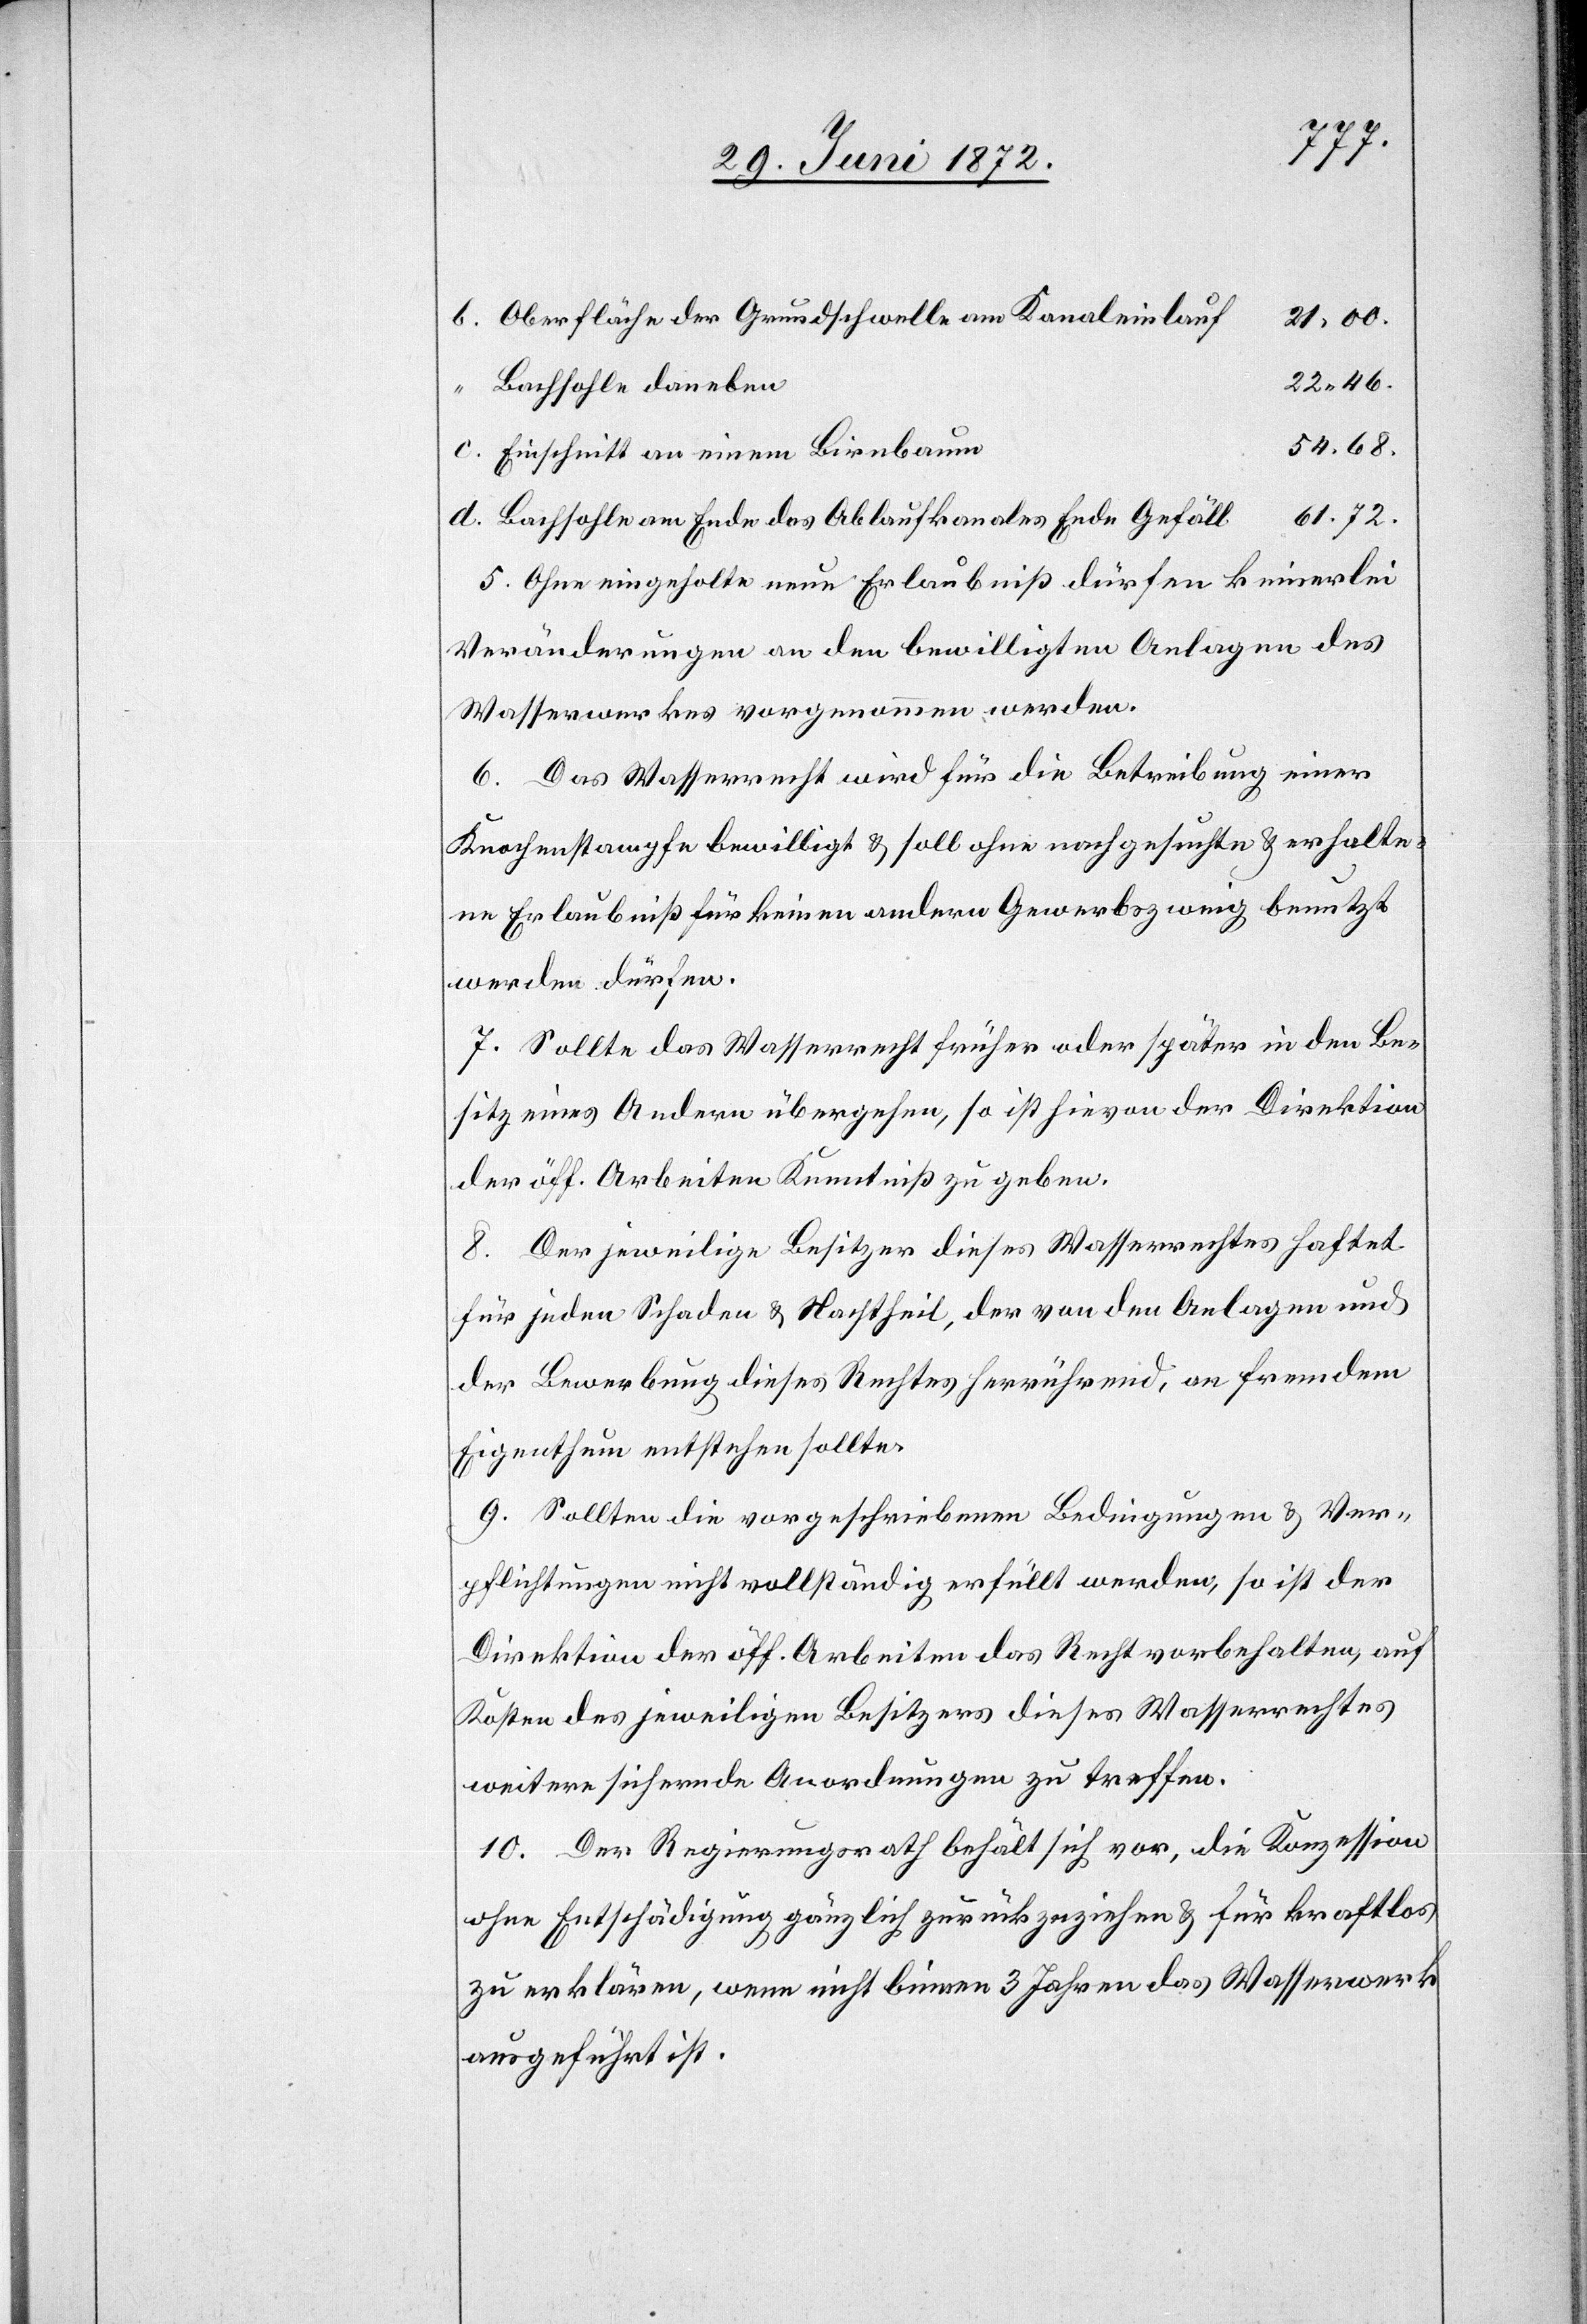
Oberfläche der Grundschwelle am Kanaleinlauf
21.00.
22.46.
Bachsohle daneben
54.68.
Einschnitt an einem Birnbaum
61.72.
Bachsohle am Ende des Ablaufkanales Ende Gefäll
5. Ohne eingeholte neue Erlaubniß dürfen keinerlei
Veränderungen an den bewilligten Anlagen des
Wasserwerkes vorgenommen werden.
6. Das Wasserrecht wird für die Betreibung einer
Knochenstampfe bewilligt u. soll ohne nachgesuchte u. erhalte¬
ne Erlaubniß für keinen andern Gewerbszweig benutzt
werden dürfen.
7. Sollte das Wasserrecht früher oder später in den Be¬
sitz eines Andern übergehen, so ist hievon der Direktion
der öff. Arbeiten Kenntniß zu geben.
8. Der jeweilige Besitzer dieses Wasserrechtes haftet
für jeden Schaden u. Nachtheil, der von den Anlagen und
der Bewerbung dieses Rechtes herrührend, an fremdem
Eigenthum entstehen sollte.
9. Sollten die vorgeschriebenen Bedingungen u. Ver¬
pflichtungen nicht vollständig erfüllt werden, so ist der
Direktion der öff. Arbeiten das Recht vorbehalten, auf
Kosten des jeweiligen Besitzers dieses Wasserrechtes
weitere sichernde Anordnungen zu treffen.
10. Der Regierungsrath behält sich vor, die Konzession
ohne Entschädigung gänzlich zurückzuziehen u. für kraftlos
zu erklären, wenn nicht binnen 3 Jahren das Wasserwerk
ausgeführt ist.